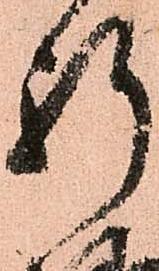
祈